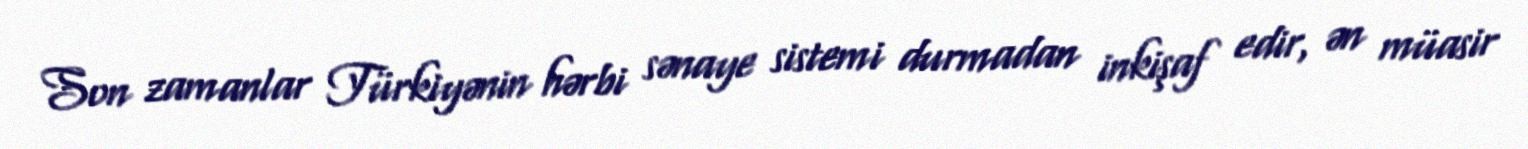
Son zamanlar Türkiyənin hərbi sənaye sistemi durmadan inkişaf edir, ən müasir